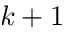
k + 1